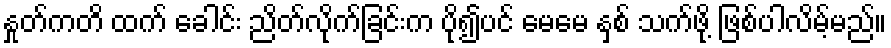
နှုတ်ကတိ ထက် ခေါင်း ညိတ်လိုက်ခြင်းက ပို၍ပင် မေမေ နှစ် သက်ဖို့ ဖြစ်ပါလိမ့်မည်။